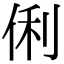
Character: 俐